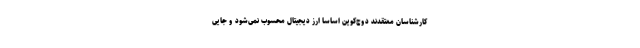
کارشناسان معتقدند دوج‌کوین اساساً ارز دیجیتال محسوب نمی‌شود و جایی